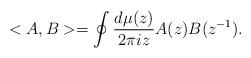
LaTeX: \begin{align*}<A,B>=\oint\frac{d\mu(z)}{2\pi i z}A(z)B(z^{-1}).\end{align*}